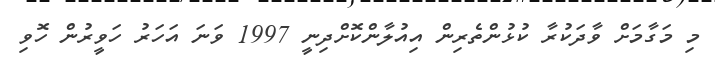
މި މަގާމަށް ވާދަކުރާ ކުޅުންތެރިން އިއުލާންކޮށްދިނީ 1997 ވަނަ އަހަރު ހަވީރުން ހޮވި